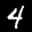
Label: 4